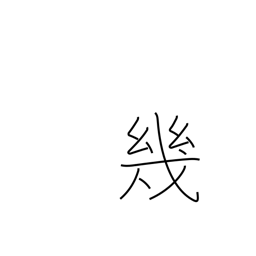
Meaning: several